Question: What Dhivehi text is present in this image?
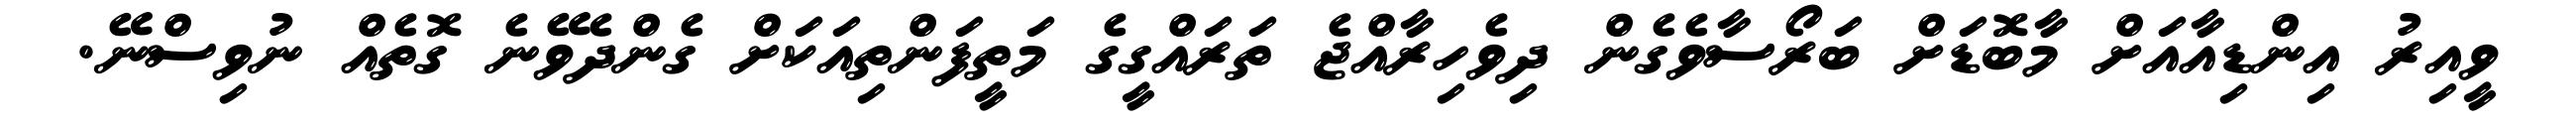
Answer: ވީއިރު އިންޑިއާއަށް މާބޮޑަށް ބަރޯސާވެގެން ދިވެހިރާއްޖެ ތަރައްގީގެ މަތީފަންތިއަކަށް ގެންދެވޭނެ ގޮތެއް ނުވިސްނޭ.